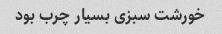
خورشت سبزی بسیار چرب بود